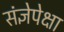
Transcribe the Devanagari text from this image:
संज्ञेपेक्षा